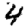
Digit: 4